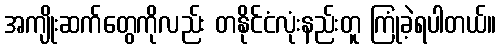
အကျိုးဆက်တွေကိုလည်း တနိုင်ငံလုံးနည်းတူ ကြုံခဲ့ရပါတယ်။